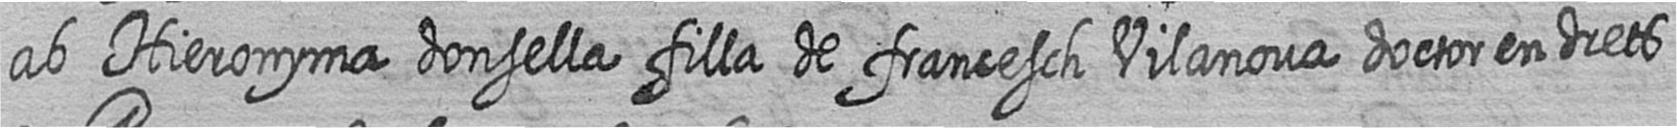
ab Hieronyma donsella filla de francesch Vilanova doctor en drets